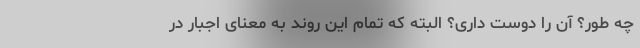
چه طور؟ آن را دوست داری؟ البته که تمام این روند به معنای اجبار در